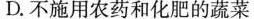
D.不施用农药和化肥的蔬菜